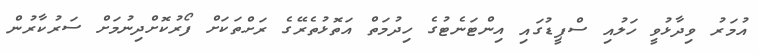
އުމަރު ވިދާޅުވީ ހަލުއި ސްޕީޑުގައި އިންޓަނެޓުގެ ހިދުމަތް އަތޮޅުތެރޭގެ ރަށްތަކަށް ފޯރުކޮށްދިނުމަށް ސަރުކާރުން